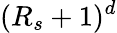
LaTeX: (R_{s}+1)^{d}